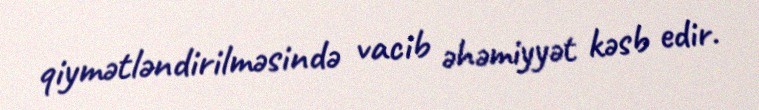
qiymətləndirilməsində vacib əhəmiyyət kəsb edir.